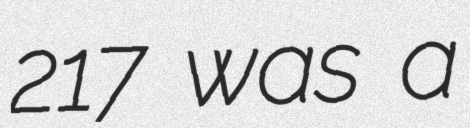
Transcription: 217 was a